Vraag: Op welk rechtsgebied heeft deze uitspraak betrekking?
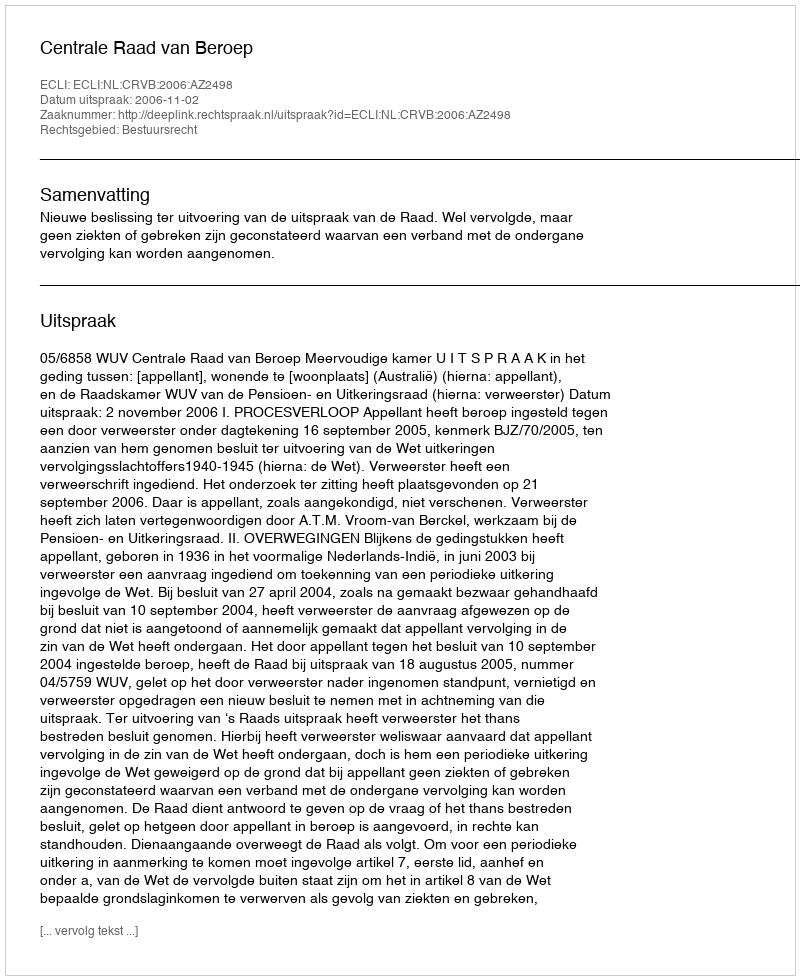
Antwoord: Bestuursrecht